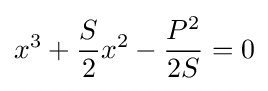
x^{3}+{\frac {S}{2}}x^{2}-{\frac {P^{2}}{2S}}=0